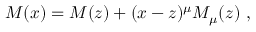
M ( x ) = M ( z ) + ( x - z ) ^ { \mu } M _ { \mu } ( z ) \ ,